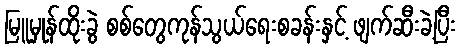
မြူမှုန်ထိုးခွဲ စစ်တွေကုန်သွယ်ရေးစခန်းနှင့် ဖျက်ဆီးခဲ့ပြီး